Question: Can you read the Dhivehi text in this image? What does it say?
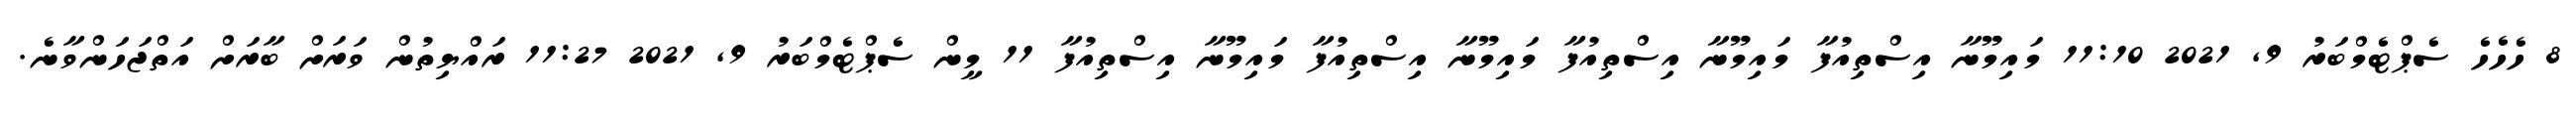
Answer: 8 ހެހެހެ ސެޕްޓެމްބަރު 9, 2021 11:10 މައިމޫނާ އިސްތިއުފާ މައިމޫނާ އިސްތިއުފާ މައިމޫނާ އިސްތިއުފާ މައިމޫނާ އިސްތިއުފާ 11 މީން ސެޕްޓެމްބަރު 9, 2021 11:27 ރައްޔިތުން ވަރަށް ބާރަށް އަތްޖަހަންވާނެ.